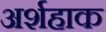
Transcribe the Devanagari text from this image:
अर्शहाक